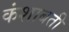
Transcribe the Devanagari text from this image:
कंशाबती